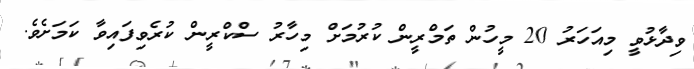
ވިދާޅުވީ މިއަހަރު 20 މީހުން ތަމްރީން ކުރުމަށް މިހާރު ސްކްރީން ކުރެވިފައިވާ ކަމަށެވެ.